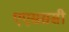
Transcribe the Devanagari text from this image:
एएसससी